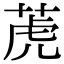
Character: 萀